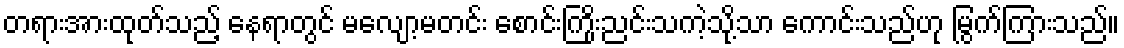
တရားအားထုတ်သည့် နေရာတွင် မလျော့မတင်း စောင်းကြိုးညင်းသကဲ့သို့သာ ကောင်းသည်ဟု မြွက်ကြားသည်။